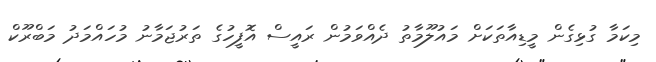
މިކަމާ ގުޅިގެން މީޑިއާތަކަށް މައުލޫމާތު ދެއްވަމުން ރައީސް އޮފީހުގެ ތަރުޖަމާނު މުހައްމަދު މަބްރޫކް